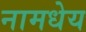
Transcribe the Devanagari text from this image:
नामधेय